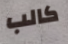
كالب